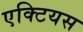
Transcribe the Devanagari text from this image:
एक्टियस